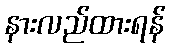
နားလည်ထားရန်